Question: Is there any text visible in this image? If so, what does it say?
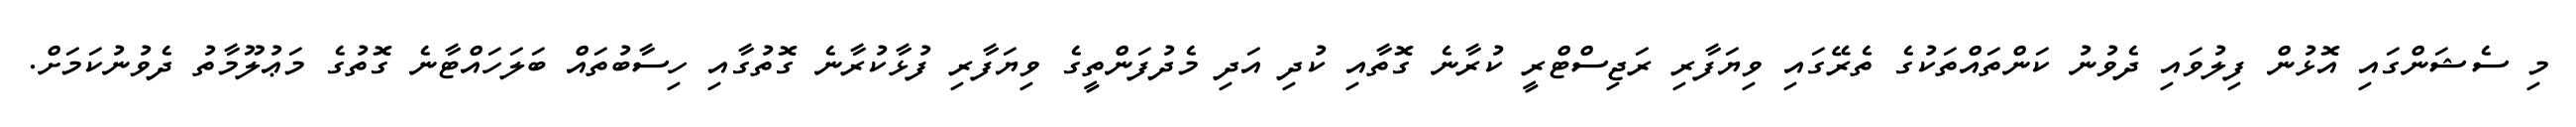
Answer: މި ސެޝަންގައި އޮޅުން ފިލުވައި ދެވުނު ކަންތައްތަކުގެ ތެރޭގައި ވިޔަފާރި ރަޖިސްޓްރީ ކުރާނެ ގޮތާއި ކުދި އަދި މެދުފަންތީގެ ވިޔަފާރި ފުޅާކުރާނެ ގޮތުގާއި ހިސާބުތައް ބަލަހައްޓާނެ ގޮތުގެ މަޢުލޫމާތު ދެވުނުކަމަށް.